Plague in India, 1896, 1897 - Volume 2
Year: 1896
Disease focus: Plague
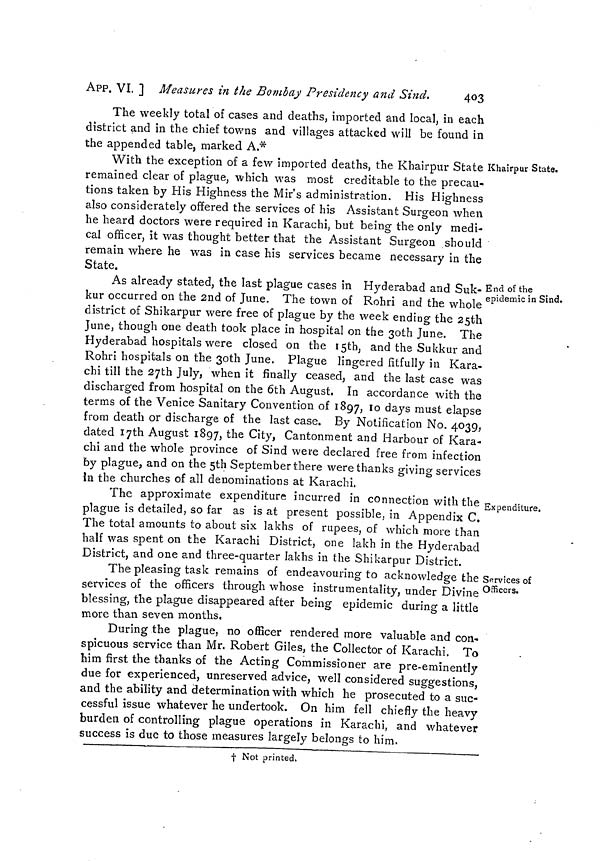
40 3
APP. VI. ] Measures in the Bombay Presidency and Sind,
The weekly total of cases and deaths, imported and local, in each
district and in the chief towns and villages attacked will be found in
the appended table, marked A.*
Khairpur State.
With the exception of a few imported deaths, the Khairpur State
remained clear of plague, which was most creditable to the precau-
tions taken by His Highness the Mir's administration. His Highness
also considerately offered the services of his Assistant Surgeon when
he heard doctors were required in Karachi, but being the only medi-
cal officer, it was thought better that the Assistant Surgeon should
remain where he was in case his services became necessary in the
State.
End of the
epidemic in Sind.
As already stated, the last plague cases in Hyderabad and Suk-
kur occurred on the 2nd of June. The town of Rohri and the whole
district of Shikarpur were free of plague by the week ending the 25th
June, though one death took place in hospital on the 3oth June. The
Hyderabad hospitals were closed on the I5th, and the Sukkur and
Rohri hospitals on the ßoth June. Plague lingered fitfully in Kara-
chi till the 27th July, when it finally ceased, and the last case was
discharged from hospital on the 6th August, In accordance with the
terms of the Venice Sanitary Convention of 1897, 10 days must elapse
from death or discharge of the last case. By Notification No. 4039,
dated 17th August 1897, the City, Cantonment and Harbour of Kara-
chi and the whole province of Sind were declared free from infection
by plague, and on the 5th September there were thanks giving services
In the churches of all denominations at Karachi.
Expenditure.
The approximate expenditure incurred in connection with the
plague is detailed, so far as is at present possible, in Appendix C.
The total amounts to about six lakhs of rupees, of which more than
half was spent on the Karachi District, one lakh in the Hyderabad
District, and one and three-quarter lakhs in the Shikarpur District.
Services of
Officers.
The pleasing task remains of endeavouring to acknowledge the
services of the officers through whose instrumentality, under Divine
blessing, the plague disappeared after being epidemic during a little
more than seven months.
During the plague, no officer rendered more valuable and con-
spicuous service than Mr. Robert Giles, the Collector of Karachi. To
him first the thanks of the Acting Commissioner are pre-eminently
due for experienced, unreserved advice, well considered suggestions,
and the ability and determination with which he prosecuted to a suc-
cessful issue whatever he undertook. On him fell chiefly the heavy
burden of controlling plague operations in Karachi, and whatever
success is due to those measures largely belongs to him.
* Not printed.